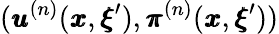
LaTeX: ({\pmb u}^{(n)}({\pmb x},{\pmb\xi}^{\prime}),{\pmb\pi}^{(n)}({\pmb x},{\pmb\xi}^{\prime}))